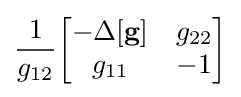
{\frac {1}{g_{12}}}{\begin{bmatrix}-\Delta \mathbf {[g]} &g_{22}\\g_{11}&-1\end{bmatrix}}